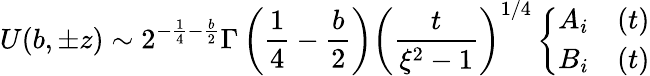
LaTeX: U(b,\pm z)\sim 2^{-\frac{1}{4}-\frac{b}{2}}\Gamma\left(\frac{1}{4}-\frac{b}{2}\right)\left(\frac{t}{\xi^{2}-1}\right)^{1/4}\left\{ \begin{array}{ll}{{A_{i}}}&{{(t)}}\\ {{B_{i}}}&{{(t)}}\end{array}\right.